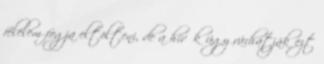
félelem fogja eltölteni, de a hívők úgy várhatják ezt